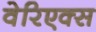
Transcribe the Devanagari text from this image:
वेरिएक्स